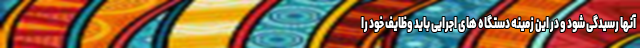
آنها رسیدگی شود و در این زمینه دستگاه های اجرایی باید وظایف خود را